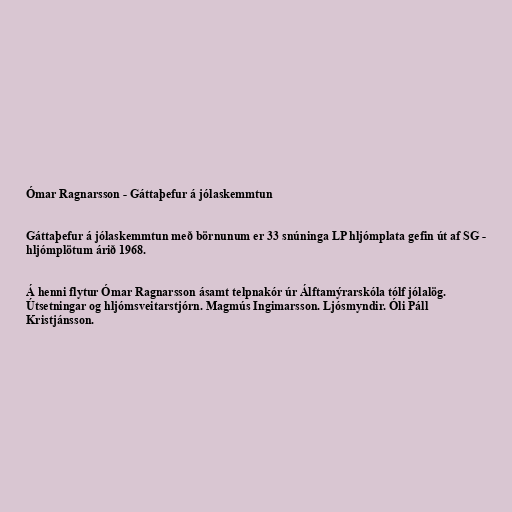
Ómar Ragnarsson - Gáttaþefur á jólaskemmtun

Gáttaþefur á jólaskemmtun með börnunum er 33 snúninga LP hljómplata gefin út af SG -
hljómplötum árið 1968.

Á henni flytur Ómar Ragnarsson ásamt telpnakór úr Álftamýrarskóla tólf jólalög.
Útsetningar og hljómsveitarstjórn. Magmús Ingimarsson. Ljósmyndir. Óli Páll
Kristjánsson.